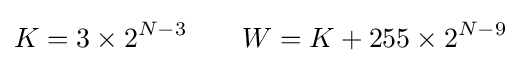
K=3\times 2^{N-3}\quad \quad W=K+255\times 2^{N-9}